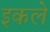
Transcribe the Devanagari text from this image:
इकले